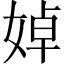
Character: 婥